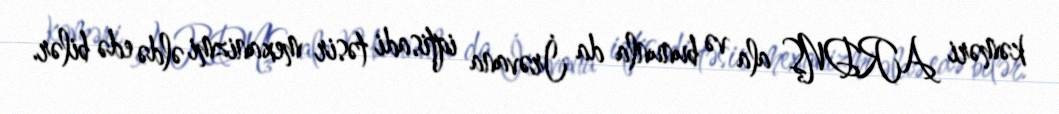
kəməri ARDNŞ ala və bununla da İrəvana iqtisadi təsir mexanizmi əldə edə bilər.